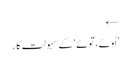
←
’اُوئے، توئے‘ کے سہولت کار